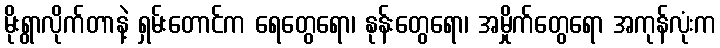
မိုးရွာလိုက်တာနဲ့ ရှမ်းတောင်က ရေတွေရော၊ နုန်းတွေရော၊ အမှိုက်တွေရော အကုန်လုံးက